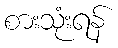
စားသုံးရန်